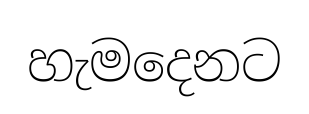
හැමදෙනට